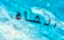
الشاه